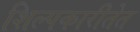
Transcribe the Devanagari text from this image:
शिल्पकारीतेत